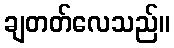
ချတတ်လေသည်။